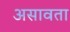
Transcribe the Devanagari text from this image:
असावता